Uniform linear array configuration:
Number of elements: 24
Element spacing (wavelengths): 1
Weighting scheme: exponential
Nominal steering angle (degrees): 0
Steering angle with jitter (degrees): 0.6239
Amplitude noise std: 0.05
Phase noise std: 0.05

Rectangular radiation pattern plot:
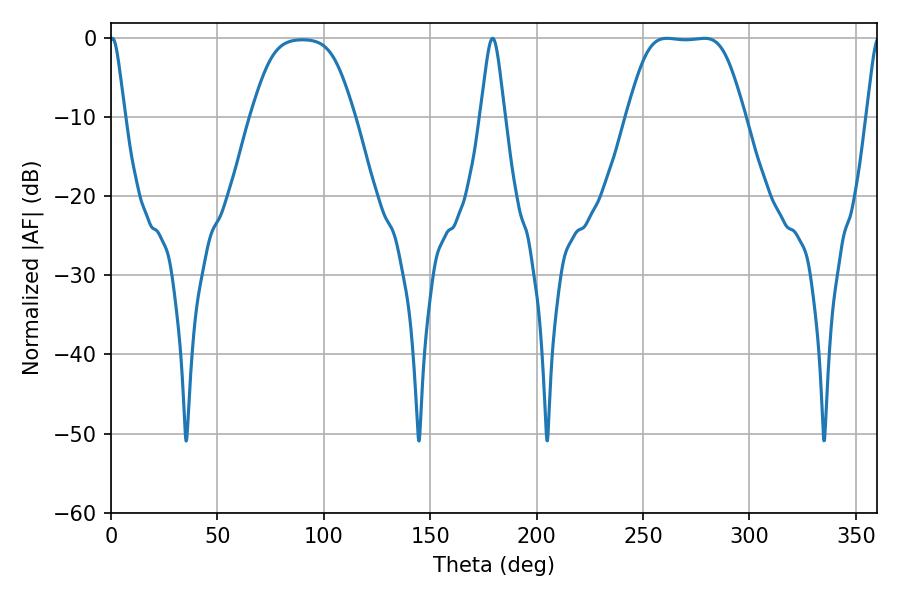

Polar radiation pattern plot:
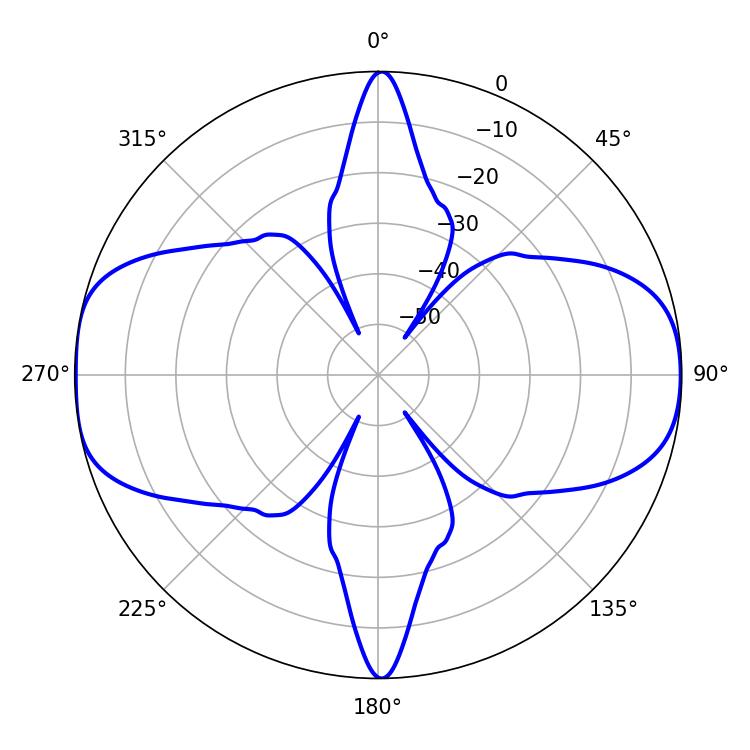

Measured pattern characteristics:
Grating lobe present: TRUE
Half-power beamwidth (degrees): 40.32
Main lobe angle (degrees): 261.18